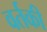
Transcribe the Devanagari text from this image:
वर्तकी